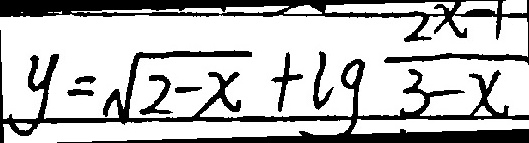
y = \sqrt { 2 - x } + \lg \frac { 2 x - 1 } { 3 - x }